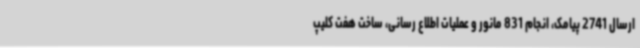
ارسال 2741 پیامک، انجام 831 مانور و عملیات اطلاع رسانی، ساخت هفت کلیپ